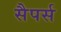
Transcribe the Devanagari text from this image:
सैपर्स